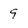
Character: 9